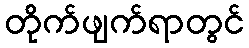
တိုက်ဖျက်ရာတွင်